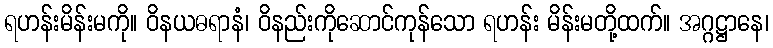
ရဟန်းမိန်းမကို။ ဝိနယဓရာနံ၊ ဝိနည်းကိုဆောင်ကုန်သော ရဟန်း မိန်းမတို့ထက်။ အဂ္ဂဋ္ဌာနေ၊